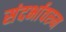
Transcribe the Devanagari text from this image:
संदर्भावरुन